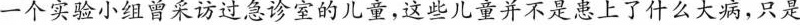
一个实验小组曾采访过急诊室的儿童，这些儿童并不是患上了什么大病，只是